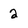
Character: 2